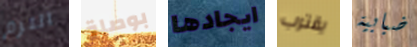
الترم بوصلة ايجادها يقترب ضبابية